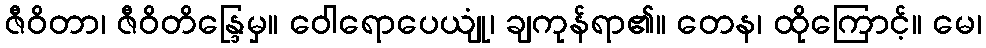
ဇီဝိတာ၊ ဇီဝိတိန္ဒြေမှ။ ဝေါရောပေယျုံ၊ ချကုန်ရာ၏။ တေန၊ ထိုကြောင့်။ မေ၊